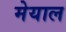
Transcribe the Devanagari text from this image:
मेयाल